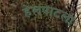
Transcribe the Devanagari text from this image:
हेलपाटला